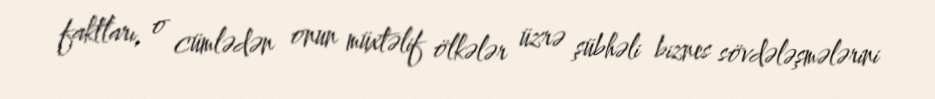
faktları, o cümlədən onun müxtəlif ölkələr üzrə şübhəli biznes sövdələşmələrini